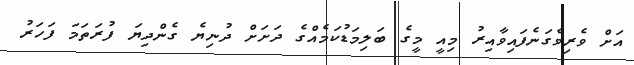
އަށް ވެރިވެގަނެފައިވާއިރު މިއީ މީގެ ބަލިމަޑުކަމެއްގެ ދަށަށް ދުނިޔެ ގެންދިޔަ ފުރަތަމަ ފަހަރު